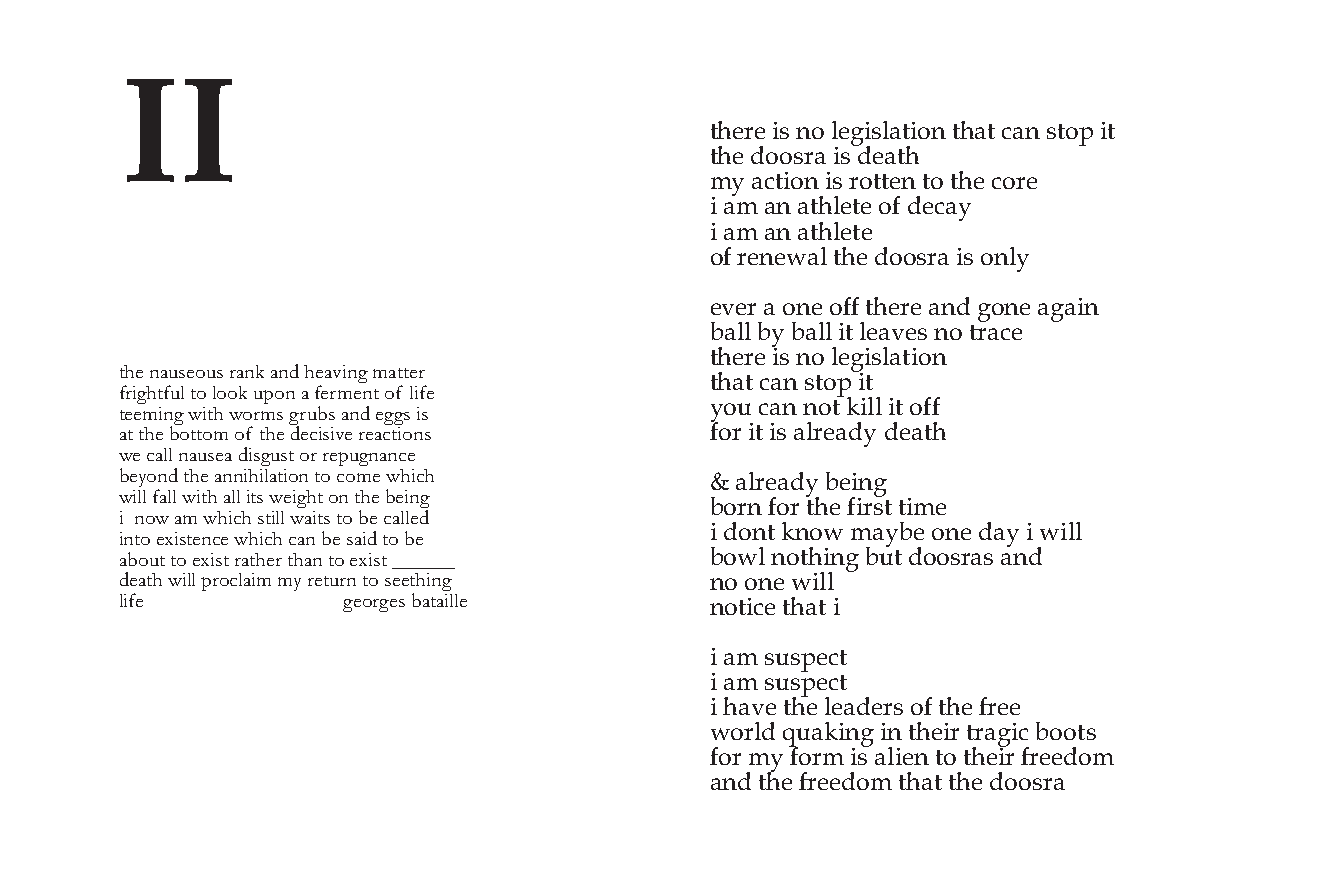
!!
 !"#$#%&’%()%*#+&’*,!&)(%!",!%-,(%’!).%&!
 !"#%/))’$,%&’%/#,!"
 01%,-!&)(%&’%$)!!#(%!)%!"#%-)$#
 &%,0%,(%,!"*#!#%)2%/#-,1
 &%,0%,(%,!"*#!#
 )2%$#(#3,*%!"#%/))’$,%&’%)(*1
 #4#$%,%)(#%)22%!"#$#%,(/%+)(#%,+,&(
 5,**%51%5,**%&!%*#,4#’%()%!$,-#
 !"#$#%&’%()%*#+&’*,!&)(
 !"#$%&’(#)’($*&%+$&%,$"#&-.%/$0&!!#*
 !",!%-,(%’!).%&!
 1*./"!1’2$!)$2))+$’3)%$&$1#*0#%!$)1$2.1#
 1)6%-,(%()!%7&**%&!%)22
 !##0.%/$4.!"$4)*0($/*’5($&%,$#//($.(
 &!$!"#$5)!!)0$)1$!"#$,#6.(.-#$*#&6!.)%( 2)$%&!%&’%,*$#,/1%/#,!"
 4#$6&22$%&’(#&$,.(/’(!$)*$*#3’/%&%6#
 5#7)%,$!"#$&%%.".2&!.)%$!)$6)0#$4".6"  8%,*$#,/1%5#&(+
 4.22$1&22$4.!"$&22$.!($4#./"!$)%$!"#$5#.%/
 5)$(%2)$%!"#%2&$’!%!&0#
 .$$%)4$&0$4".6"$(!.22$4&.!($!)$5#$6&22#,
 &%/)(!%7()3%0,15#%)(#%/,1%&%3&**
 .%!)$#8.(!#%6#$4".6"$6&%$5#$(&.,$!)$5#
 &5)’!$!)$#8.(!$*&!"#*$!"&%$!)$#8.(!$999999 5)3*%()!"&(+%56!%/))’$,’%,(/
 ,#&!"$4.22$3*)62&.0$07$*#!’*%$!)$(##!".%/ ()%)(#%3&**
 2.1#           /#)*/#($5&!&.22#        ()!&-#%!",!%&
 &%,0%’6’.#-!
 &%,0%’6’.#-!
 &%",4#%!"#%*#,/#$’%)2%!"#%2$##
 3)$*/%96,7&(+%&(%!"#&$%!$,+&-%5))!’
 2)$%01%2)$0%&’%,*&#(%!)%!"#&$%2$##/)0
 ,(/%!"#%2$##/)0%!",!%!"#%/))’$,